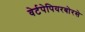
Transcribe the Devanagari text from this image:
वेर्टपेपियरबोरसे